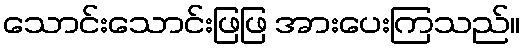
သောင်းသောင်းဖြဖြ အားပေးကြသည်။